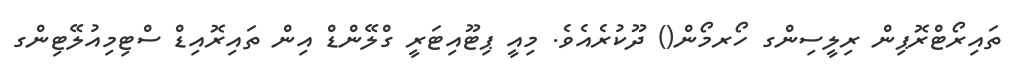
ތައިރޯޓްރޮޕިން ރިލީސިންގ ހޯރމޯން() ދޫކުރެއެވެ. މިއީ ޕިޓޫއިޓަރީ ގްލޭންޑް އިން ތައިރޮއިޑް ސްޓިމިއުލޭޓިންގ